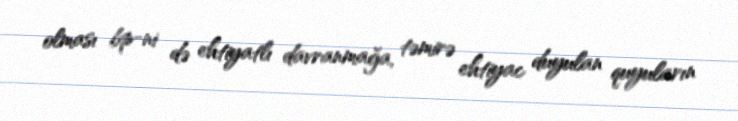
olması bp-ni də ehtiyatlı davranmağa, təmirə ehtiyac duyulan quyuların